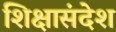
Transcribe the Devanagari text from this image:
शिक्षासंदेश